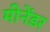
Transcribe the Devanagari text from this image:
मीनेंडर